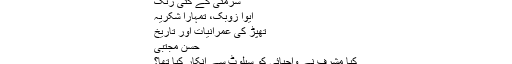
سرمئی کے کئی رنگ
ایوا زوبک، تمہارا شکریہ
تھپڑ کی عمرانیات اور تاریخ
حسن مجتبیٰ
کیا مشرف نے واجپائی کو سیلوٹ سے انکار کیا تھا؟